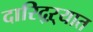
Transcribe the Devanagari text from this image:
दारिद्‌ऱ्यात